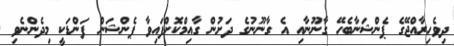
ދިވެހިރާއްޖޭގެ ޕެންޝަނާބެހޭ ގާނޫނާއި އެ ގާނޫނުގެ ދަށުން ގާއިމްކޮށްފައިވާ ޕެންޝަން ފަންޑަކީ މިދެންނެވި